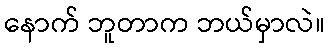
နောက် ဘူတာက ဘယ်မှာလဲ။